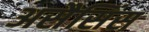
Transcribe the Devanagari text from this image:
असैसिंस